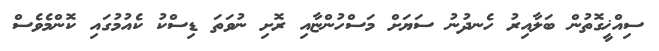
ސިއްޚީގޮތުން ބަލާއިރު ހެނދުނު ސަޔަށް މަސްހުންޏާއި ރޮށި ނުވަތަ ޑިސްކު ކެއުމުގައި ކޮންމެވެސް